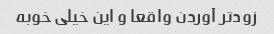
زودتر آوردن واقعا و این خیلی خوبه